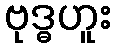
ဗုဒ္ဓဟူး